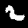
Label: 2